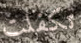
تكفلت